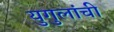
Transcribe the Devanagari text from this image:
युगुलांची